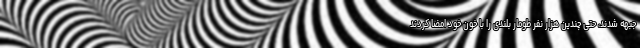
جبهه شدند، حتی چندین هزار نفر طومار بلندی را با خون خود امضا کردند